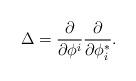
LaTeX: \begin{align*} \Delta = \frac{\partial}{\partial \phi^i}\frac{\partial}{\partial \phi^*_i}.\end{align*}